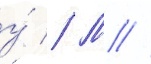
у́ // М //